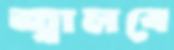
জ্বালবে